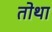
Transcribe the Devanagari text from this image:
तोथा